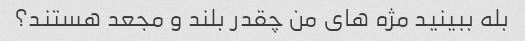
بله ببینید مژه های من چقدر بلند و مجعد هستند؟